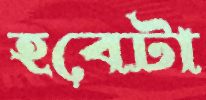
হবেটা